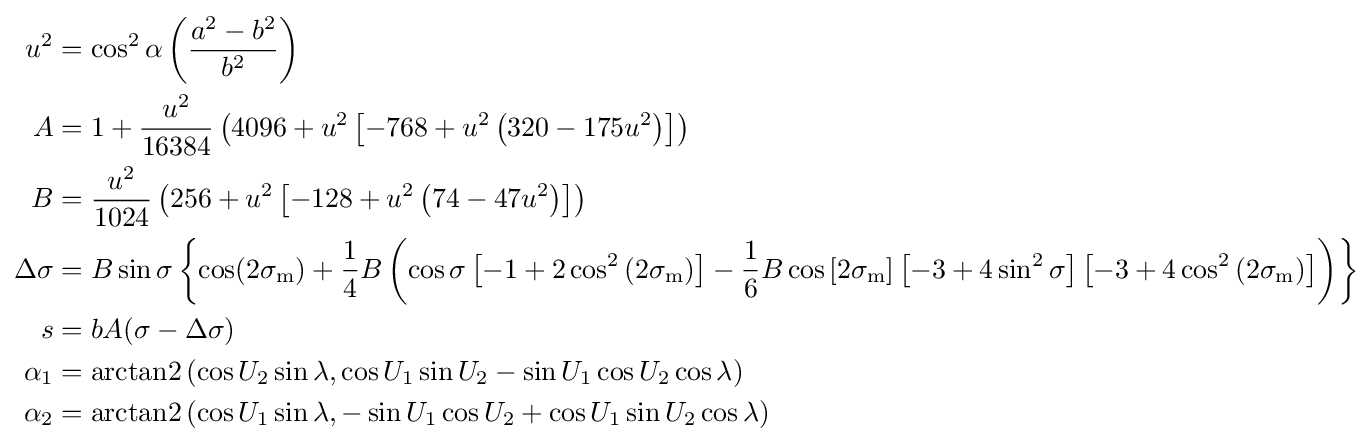
{\begin{aligned}u^{2}&=\cos ^{2}\alpha \left({\frac {a^{2}-b^{2}}{b^{2}}}\right)\\A&=1+{\frac {u^{2}}{16384}}\left(4096+u^{2}\left[-768+u^{2}\left(320-175u^{2}\right)\right]\right)\\B&={\frac {u^{2}}{1024}}\left(256+u^{2}\left[-128+u^{2}\left(74-47u^{2}\right)\right]\right)\\\Delta \sigma &=B\sin \sigma \left\{\cos(2\sigma _{\text{m}})+{\frac {1}{4}}B\left(\cos \sigma \left[-1+2\cos ^{2}\left(2\sigma _{\text{m}}\right)\right]-{\frac {1}{6}}B\cos \left[2\sigma _{\text{m}}\right]\left[-3+4\sin ^{2}\sigma \right]\left[-3+4\cos ^{2}\left(2\sigma _{\text{m}}\right)\right]\right)\right\}\\s&=bA(\sigma -\Delta \sigma )\,\\\alpha _{1}&=\operatorname {arctan2} \left(\cos U_{2}\sin \lambda ,\cos U_{1}\sin U_{2}-\sin U_{1}\cos U_{2}\cos \lambda \right)\\\alpha _{2}&=\operatorname {arctan2} \left(\cos U_{1}\sin \lambda ,-\sin U_{1}\cos U_{2}+\cos U_{1}\sin U_{2}\cos \lambda \right)\end{aligned}}